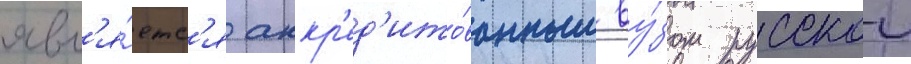
явл'я́етс'я аккр'ед'ито́ванным ву́зом русскои